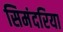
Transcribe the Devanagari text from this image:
सिमंदरिया